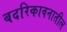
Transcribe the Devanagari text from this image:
बदरिकावनातील